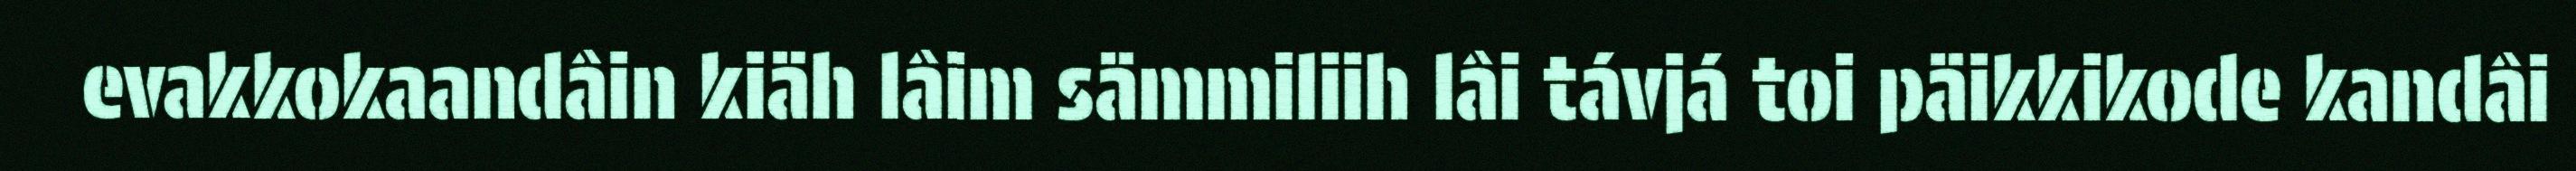
evakkokaandâin kiäh lâim sämmiliih lâi távjá toi päikkikode kandâi